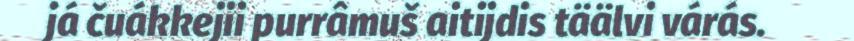
já čuákkejii purrâmuš aitijdis täälvi várás.